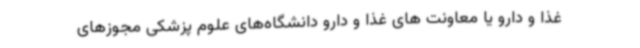
غذا و دارو یا معاونت های غذا و دارو دانشگاه‌های علوم پزشکی مجوزهای